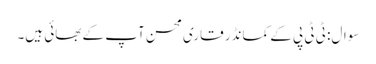
سوال: ٹی ٹی پی کے کمانڈر قاری محسن آپ کے بھائی ہیں۔